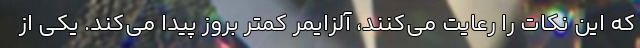
که این نکات را رعایت می‌کنند، آلزایمر کمتر بروز پیدا می‌کند. یکی از